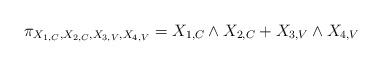
LaTeX: \begin{align*}& \pi_{X_{1,C}, X_{2,C},X_{3,V}, X_{4,V}}=X_{1,C}\wedge X_{2,C}+X_{3,V}\wedge X_{4,V}\end{align*}